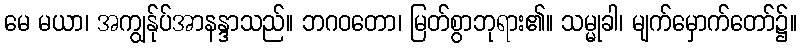
မေ မယာ၊ အကျွန်ုပ်အာနန္ဒာသည်။ ဘဂဝတော၊ မြတ်စွာဘုရား၏။ သမ္မုခါ၊ မျက်မှောက်တော်၌။